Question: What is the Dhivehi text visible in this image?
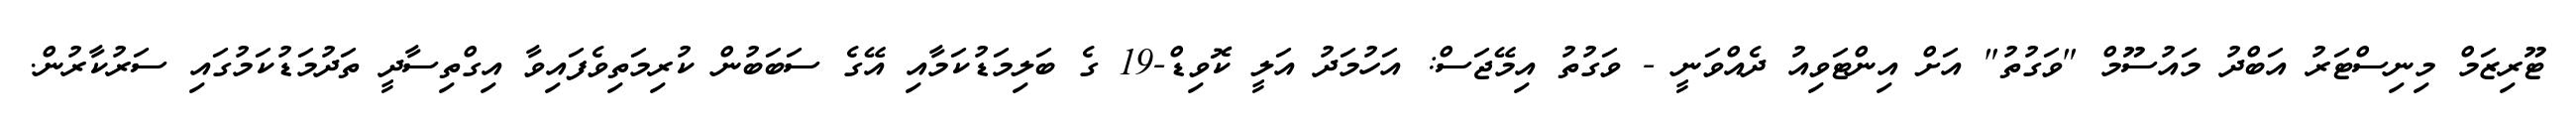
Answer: ޓޫރިޒަމް މިނިސްޓަރު އަބްދު މައުސޫމް "ވަގުތު" އަށް އިންޓަވިއު ދެއްވަނީ - ވަގުތު އިމޭޖަސް: އަހުމަދު އަލީ ކޮވިޑް-19 ގެ ބަލިމަޑުކަމާއި އޭގެ ސަބަބުން ކުރިމަތިވެފައިވާ އިގްތިސާދީ ތަދުމަޑުކަމުގައި ސަރުކާރުން.